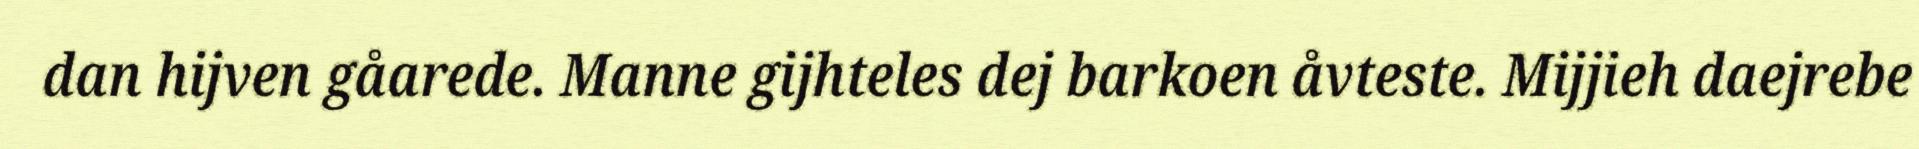
dan hijven gåarede. Manne gijhteles dej barkoen åvteste. Mijjieh daejrebe